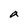
Character: a